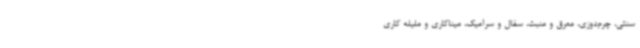
سنتی، چرم‌دوزی، معرق و منبت، سفال و سرامیک، میناکاری و ملیله کاری